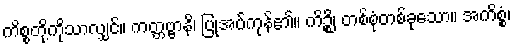
ကိစ္စတို့ကိုသာလျှင်။ ကတ္တဗ္ဗာနိ၊ ပြုအပ်ကုန်၏။ ကိဉ္စိ၊ တစ်စုံတစ်ခုသော။ အကိစ္စံ၊